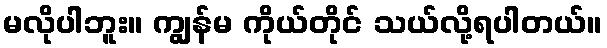
မလိုပါဘူး။ ကျွန်မ ကိုယ်တိုင် သယ်လို့ရပါတယ်။